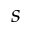
s